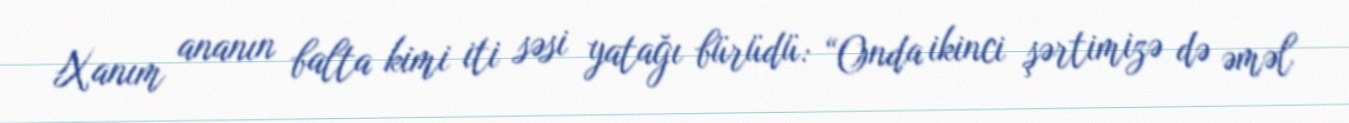
Xanım ananın balta kimi iti səsi yatağı bürüdü: “Onda ikinci şərtimizə də əməl